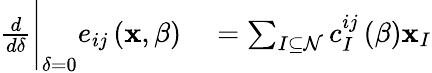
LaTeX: \begin{array}{rl}{\frac{d}{d\delta}\Bigg\vert_{\delta=0}e_{ij}\left(\mathbf{x},\beta\right)}&{{}=\sum_{I\subseteq\mathcal{N}}c_{I}^{ij}\left(\beta\right)\mathbf{x}_{I}}\end{array}